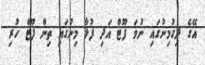
އޭގެ ދިގުމިނުގައި ނުވަ ފޫޓް އަދި ފުޅާ މިނުގައި ތިން ފޫޓް ހުރި